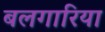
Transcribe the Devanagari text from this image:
बलगारिया